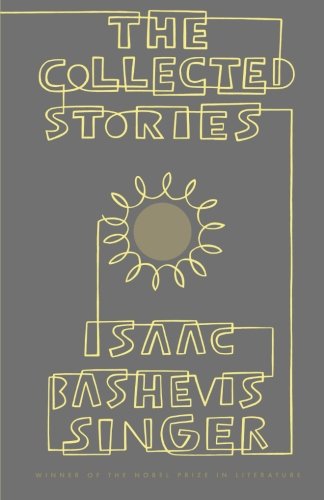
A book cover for The Collected Stories of Isaac Bashevis Singer; Isaac Bashevis Singer; Science Fiction & Fantasy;